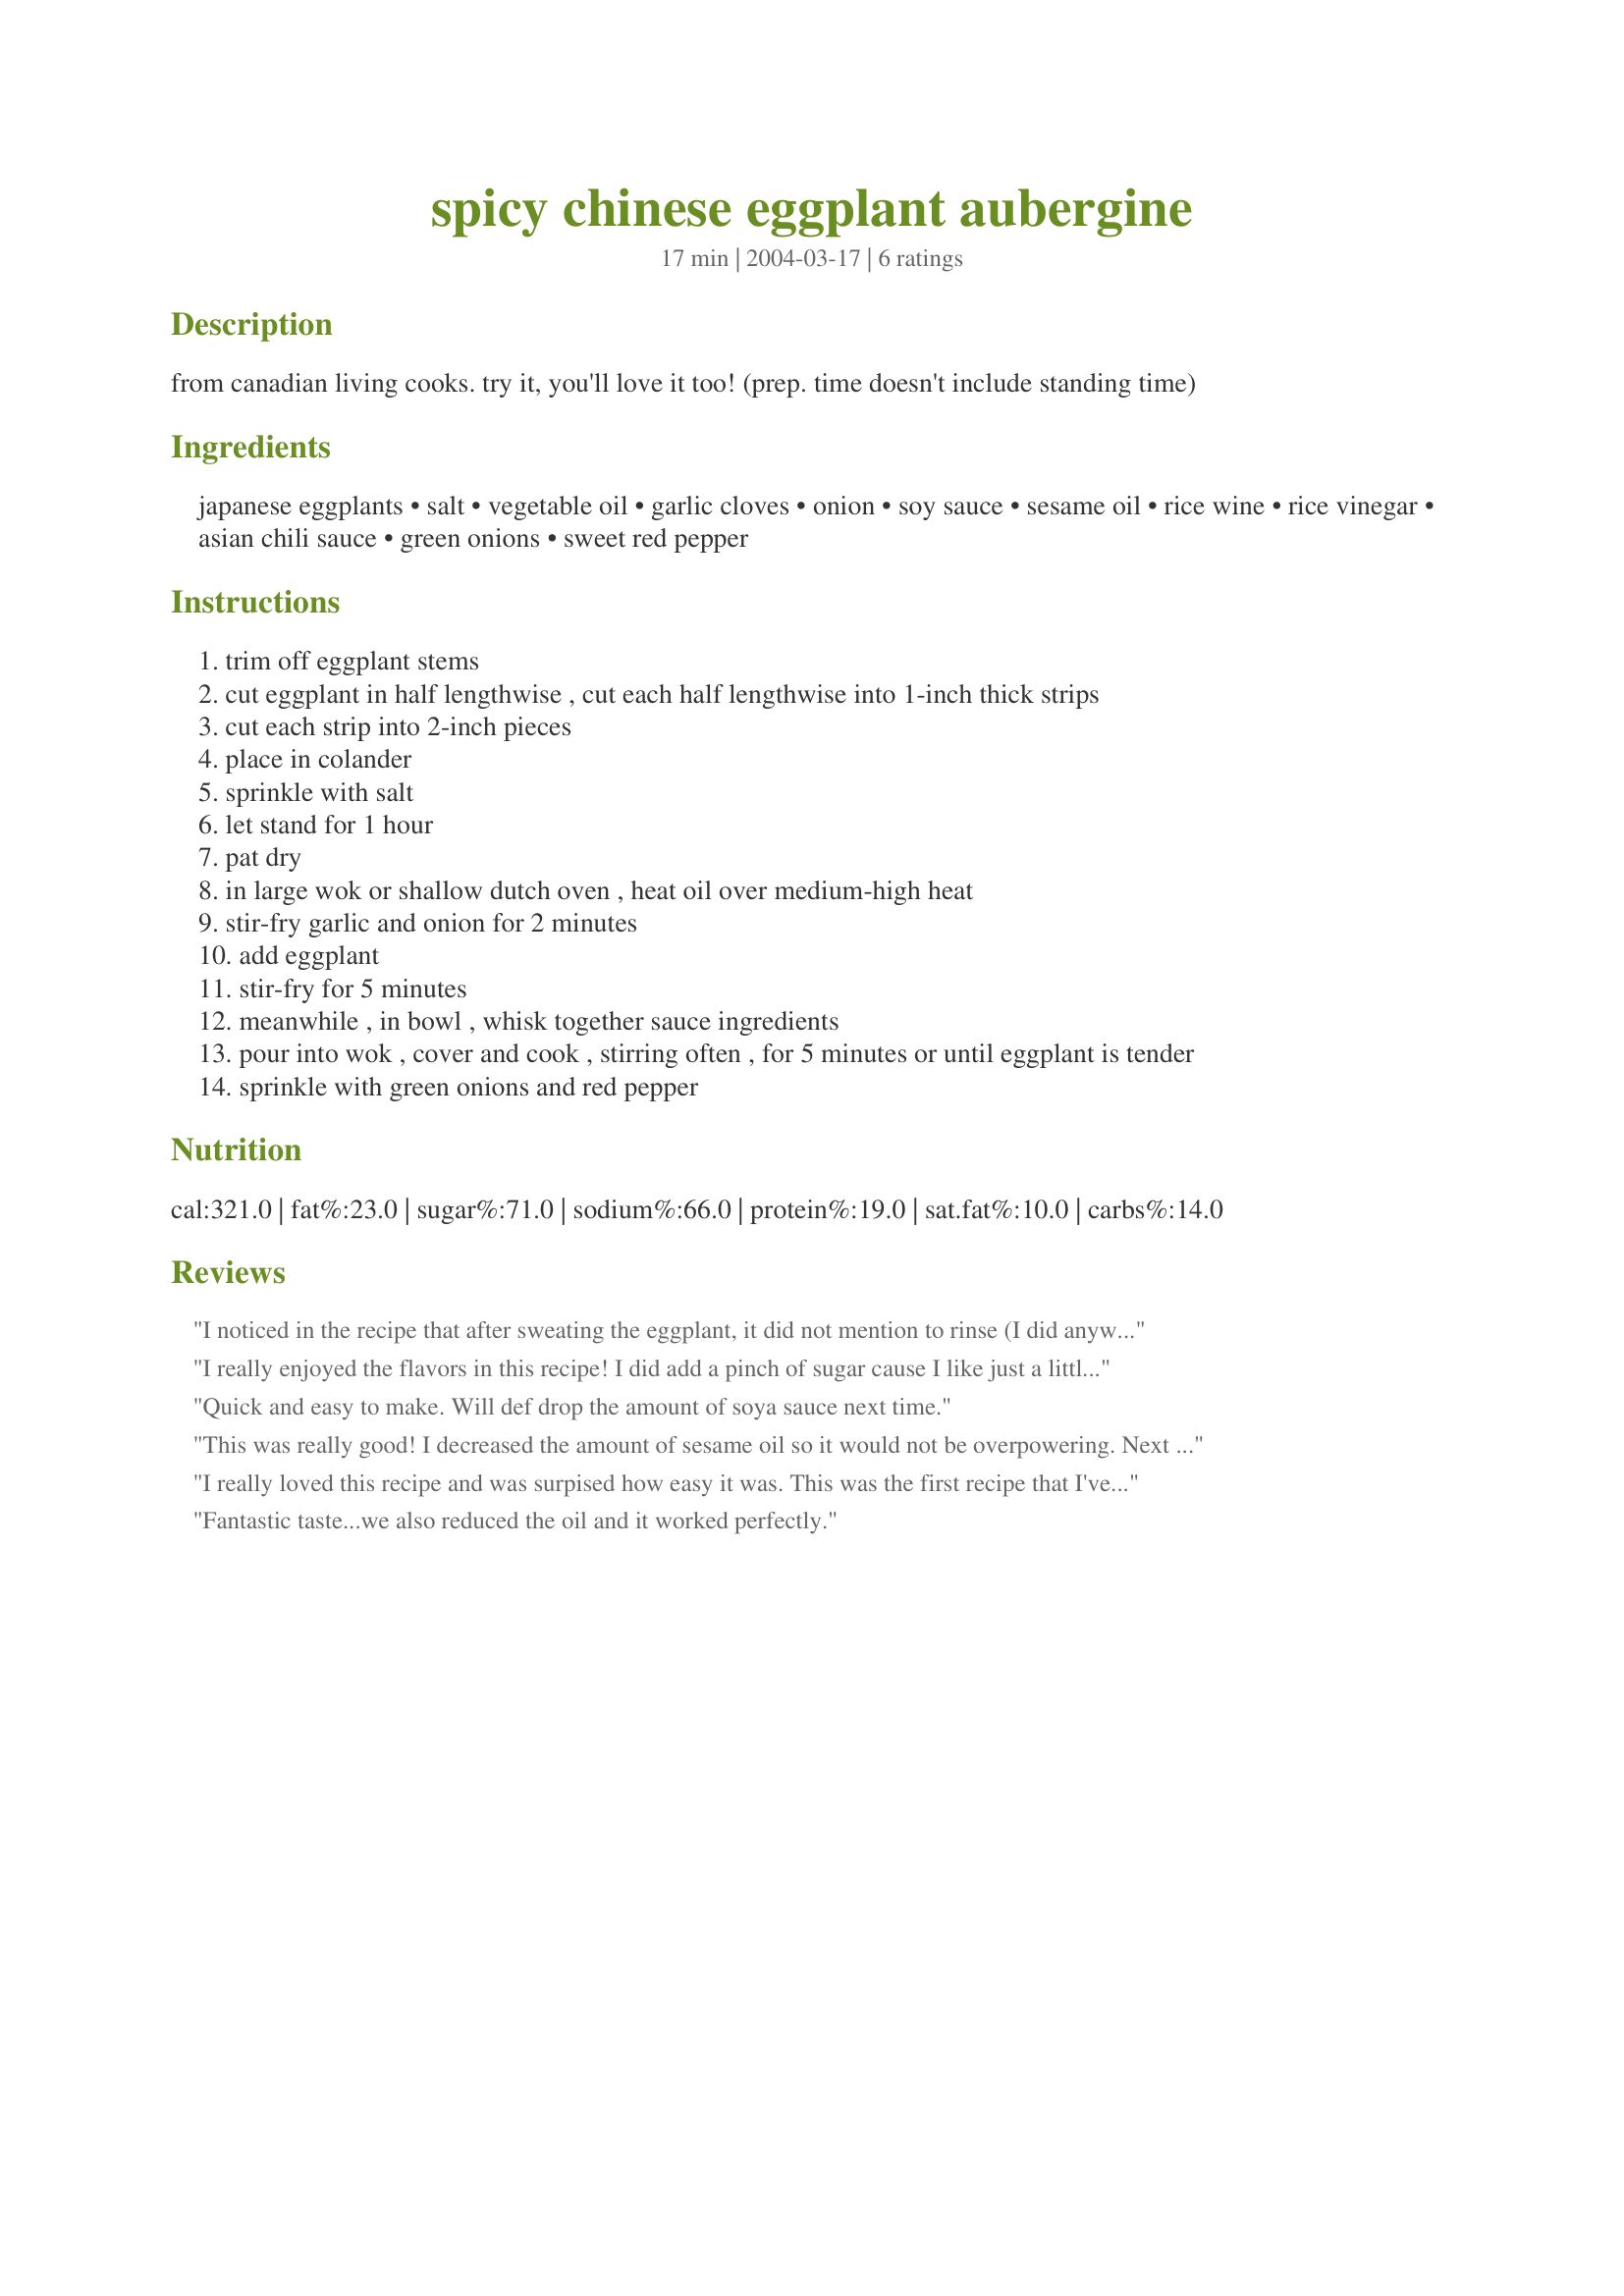
spicy chinese eggplant aubergine
Preparation time: 17 minutes

from canadian living cooks. try it, you'll love it too! (prep. time doesn't include standing time)

Ingredients:
japanese eggplants, salt, vegetable oil, garlic cloves, onion, soy sauce, sesame oil, rice wine, rice vinegar, asian chili sauce, green onions, sweet red pepper

Steps:
trim off eggplant stems
cut eggplant in half lengthwise , cut each half lengthwise into 1-inch thick strips
cut each strip into 2-inch pieces
place in colander
sprinkle with salt
let stand for 1 hour
pat dry
in large wok or shallow dutch oven , heat oil over medium-high heat
stir-fry garlic and onion for 2 minutes
add eggplant
stir-fry for 5 minutes
meanwhile , in bowl , whisk together sauce ingredients
pour into wok , cover and cook , stirring often , for 5 minutes or until eggplant is tender
sprinkle with green onions and red pepper

Reviews:
I noticed in the recipe that after sweating the eggplant, it did not mention to rinse (I did anyway) The recipe was too salty, for me. I think next time (and there will be a next time!) I will skip the sweating and prepare as directed. The flavor was very good and the eggplant was very flavorful, and since I controlled the firmness of the eggplant, the texture was the way I liked it.
I really enjoyed the flavors in this recipe! I did add a pinch of sugar cause I like just a little sweetness in my sauce. I halved the recipe and used some red wine leftover from long ago. It worked just fine. Thank you for posting this! ;)
Quick and easy to make. Will def drop the amount of soya sauce next time.
This was really good! I decreased the amount of sesame oil so it would not be overpowering. Next time I will add more vinegar and maybe double the sauce.
I really loved this recipe and was surpised how easy it was. This was the first recipe that I've used where the eggplant didn't turn out bitter.
Fantastic taste...we also reduced the oil and it worked perfectly.
